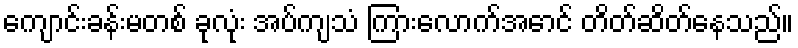
ကျောင်းခန်းမတစ် ခုလုံး အပ်ကျသံ ကြားလောက်အောင် တိတ်ဆိတ်နေသည်။